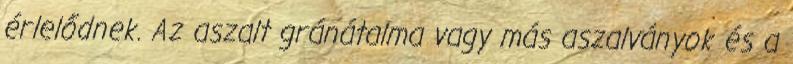
érlelődnek. Az aszalt gránátalma vagy más aszalványok és a